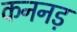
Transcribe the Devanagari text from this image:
कननड़